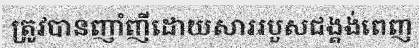
ត្រូវបានញាំញីដោយសាររបួសជង្គង់ពេញ